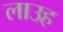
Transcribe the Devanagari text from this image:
लाउह